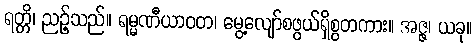
ရတ္တိ၊ ညဉ့်သည်။ ရမ္မဏီယာဝတ၊ မွေ့လျော်စဖွယ်ရှိစွတကား။ အဇ္ဇ၊ ယခု။